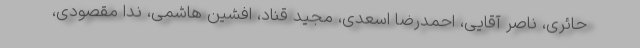
حائری، ناصر آقایی، احمدرضا اسعدی، مجید قناد، افشین هاشمی، ندا مقصودی،